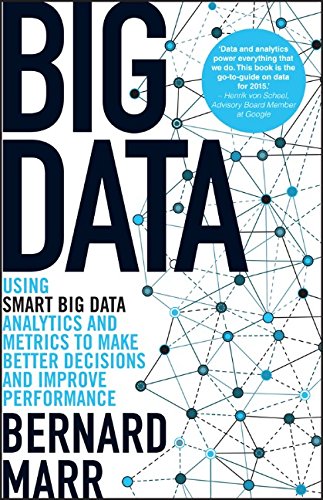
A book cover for Big Data: Using SMART Big Data, Analytics and Metrics To Make Better Decisions and Improve Performance; Bernard Marr; Business & Money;